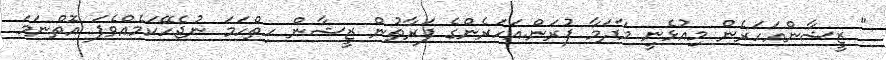
" ޒީޝާންއަހަރެން މިއުޅެނީ މާދަމާ ފުރަން.އަހަރެންގެ ފަރާތުން ޒީޝާން ހިތްހަމަ ނުޖެހޭކަމެއްވެފަ އޮތްނަމަ